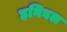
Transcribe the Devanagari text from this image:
हनिबल